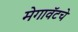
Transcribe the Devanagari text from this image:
मेगावॅटचे